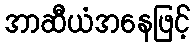
အာဆီယံအနေဖြင့်